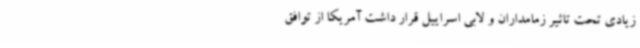
زیادی تحت تاثیر زمامداران و لابی اسراییل قرار داشت آمریکا از توافق